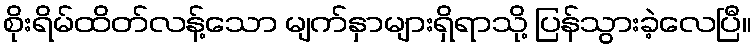
စိုးရိမ်ထိတ်လန့်သော မျက်နှာများရှိရာသို့ ပြန်သွားခဲ့လေပြီ။